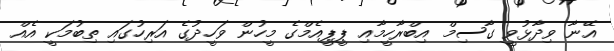
އޭނާ ވިދާޅުވީ ގާސިމް އިބްރާހީމާއި ޕީޕީއެމްގެ މީހުން ވަހީދުގެ އަރިހުގައި ތިބުމަކީ އެއް